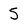
Character: 5